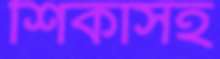
শিকাসহ